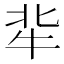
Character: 𤘿